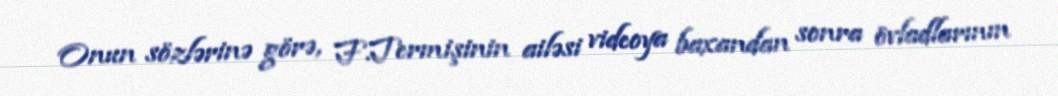
Onun sözlərinə görə, F.Termişinin ailəsi videoya baxandan sonra övladlarının